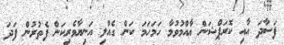
ފަސާދަ އާއި ކޮރަޕްޝަން ޢާއްމުވުމާ ހަމަހަމަ ކަން ގެއްލި އަނިޔާވެރިކަން ފެތުރުން ފަދަ